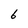
Character: 6